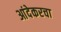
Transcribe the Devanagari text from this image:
आंदेकरचा